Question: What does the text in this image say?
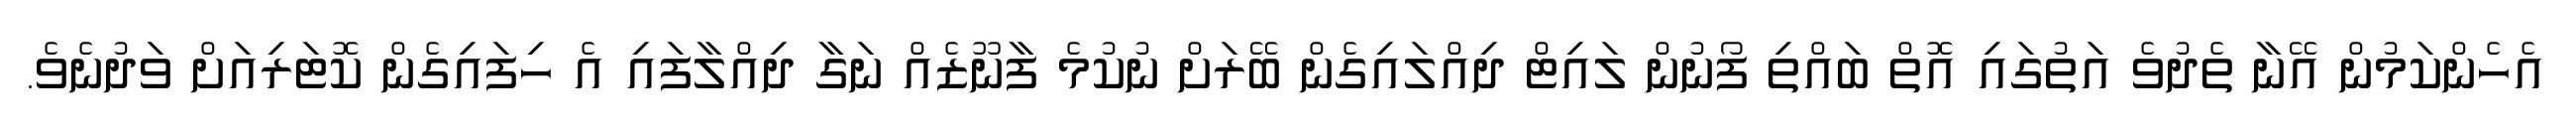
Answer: އެހެންކަމުން އޭނާ ތެދުވެ އަތުގައި އޮތް ބައްތި ފޯނުން ލައިޓް ދިއްލައިގެން ބޭރަށް ނުކުމެ ފާނޫޒެއް ނަގާ ދިއްލާފައި އެ ހިފައިގެން ކޮޓަރިއަށް ވަދުނެވެ.